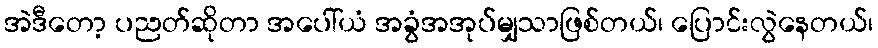
အဲဒီတော့ ပညတ်ဆိုတာ အပေါ်ယံ အခွံအအုပ်မျှသာဖြစ်တယ်၊ ပြောင်းလွဲနေတယ်၊